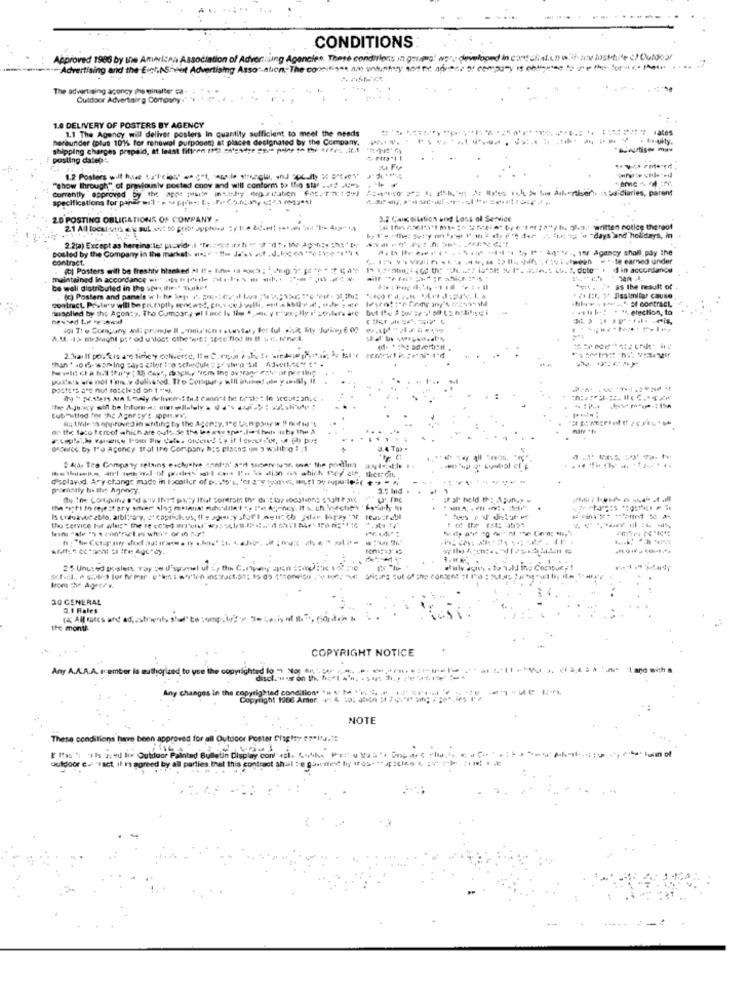
CONDITIONS
Approved 1986 by the American Association of Advertising Agencies. These conditions in grums! wer. developed in cont diist.un w.4. se mostture ? Outdoor
Advertising and the Est.AS-out Advertising Asso-ation,Theco-
The advertising agency phy einalter ca
Outdoor Advertising Comronny
1.4 DELIVERY OF POSTERS BY AGENCY
1.1 The Agency will deliver posters In quantity sufficient to meet the needs
hereunder (plus 101% for renewal purposes; at places designated by the Company.
shipping charges prepaid, at least fifteen (H) (edge "- "der th the (, , 1 )')
posting datep-
Currently "approved by the appe ;waite insahiy oriation for,Tinctd"]
"show through" of previously posted cooy and will conform to [ho star .2 .4)
specifications for papel . . ME; Is .Fr<5.6:3, 3
20 POSTING OBLIGATIONS OF COMPANY ,
3.2 CAix dilation and Loss of Service
te, gl.9. written notice thereof
bre-they'd" 1 " w "days and holidays, in
posted by the Company in the market. .. . "- Jass of. d.kce"e "
2.2(a) Except as hereina:les provide.i " t ihr * * "(5, 100 1px; " **
$h Po ***** ---- -**** *-, is Agency shall pay the
contract.
*- te earned under
. foi Posters will be freshty blacked M Ite In ** ***** * * p 7%
maintained in accordance **** * * phile **** ***
----
be well distributed in the spes ifis-" Thatkeit
as the result of
contract, Pestwy will be pe. faptly mwst, Fus celli, nelle !, de , (1)
· 2+ 1 :, > Sissimilar cause
wsplled by the Aconty, Tho Cumpar, el Iaoch li . .. y zas; Ily iee but the wayisi
.+b -* * ** election, to
heused to reviewal
2.Mailt poufers d'e ticicy ochvette, le ℃.ron , , het. ;; ;
poste 's are not roselv zd on 1 "w).
tub Itled for the Agoray's sopi.ww.
on the face teroof which are outs Se the beeswy spar,I -- I hate it by the À
4 Tax
2 4(a, Tre Company retains esclusive anta' af ssbarvu. on the posting
-------
d'eplayed. Ary chang; made in Iocaller of pisto's, 'er ary !pues, IL y pal)(-
Pymally Noe thet Agency
3.5 Ind .
the "s"hi to rejest ary sover Alas metanat mihendilet "s "'et Agency. If s. chwyechips kathy
the service for win:" the If cc'd J.
25 Unused gelen Tay ve d'spaneel uf :, the C. per yon == o.K 12
loc :y Agerrw.
20 GENERAL
3.1 Rales
the month
COPYRIGHT NOTICE
Any A.A.A.A. rcember is authorized f
Any changes in the coportion food Amer
NOTE
These conditions have been approved for all Outdoor Poster Graphy er*itu .!:
[ I'm als and i Outdoor
lui of
outdoor c. set